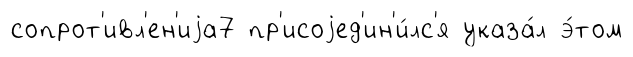
сопрот'ивл'ен'иjа7 пр'исоjед'ин'и́лс'я указа́л э́том